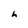
Character: h